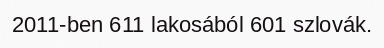
2011-ben 611 lakosából 601 szlovák.